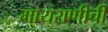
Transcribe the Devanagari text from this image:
मायराणीची